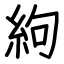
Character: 絇